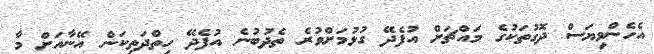
އެހެންވިޔަސް ދޮގުތަކުގެ މައްޗަށް އުފެދޭ ގުޅުމަށްވުރެ ތެދުބުނެ އުފެދޭ ހިތްދަތިކަން އޭނާއަށް މާ